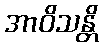
အာဝိသန္တိ